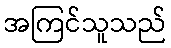
အကြင်သူသည်